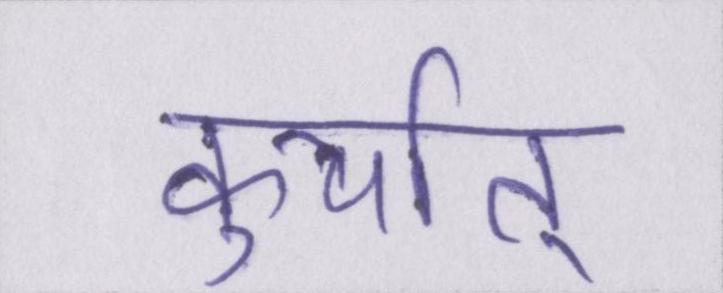
कुर्यात्